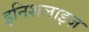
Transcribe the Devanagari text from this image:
इनिशलाइज़